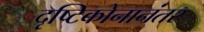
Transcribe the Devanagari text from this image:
दृष्टिकोनानंतर